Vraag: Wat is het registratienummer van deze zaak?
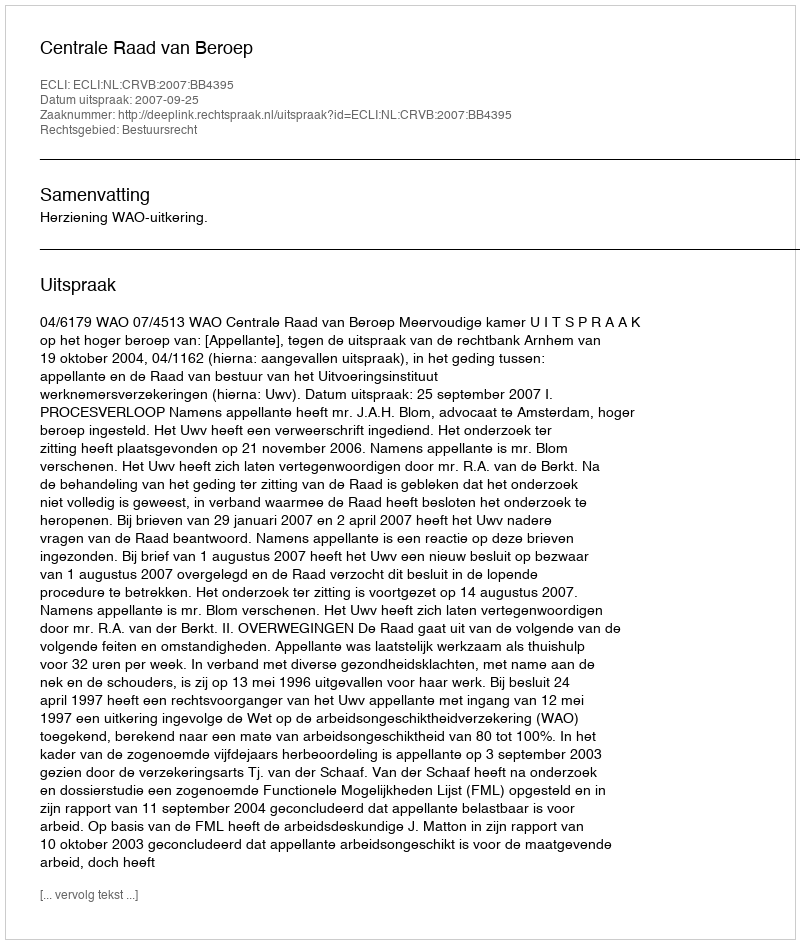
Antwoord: http://deeplink.rechtspraak.nl/uitspraak?id=ECLI:NL:CRVB:2007:BB4395